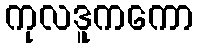
ကုလဒူကကော